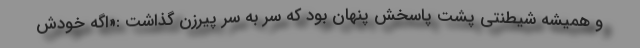
و همیشه شیطنتی پشت پاسخش پنهان بود که سر به سر پیرزن گذاشت :«اگه خودش